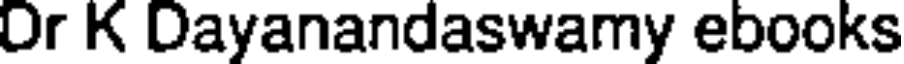
Or K Dayanandaswamy ebooks